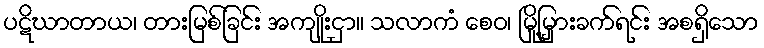
ပဋိဃာတာယ၊ တားမြစ်ခြင်း အကျိုးငှာ။ သလာကံ စေဝ၊ မြို့မြှားခက်ရင်း အစရှိသော